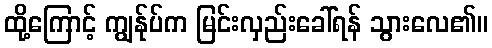
ထို့ကြောင့် ကျွန်ုပ်က မြင်းလှည်းခေါ်ရန် သွားလေ၏။